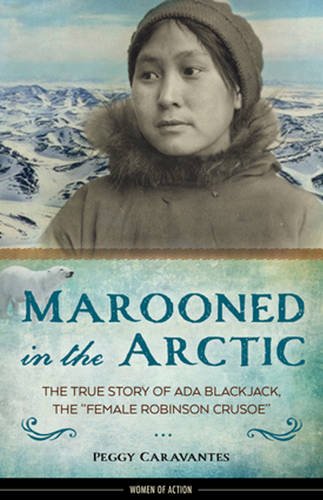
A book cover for Marooned in the Arctic: The True Story of Ada Blackjack, the "Female Robinson Crusoe" (Women of Action); Peggy Caravantes; Teen & Young Adult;